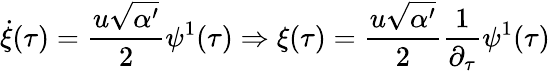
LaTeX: \dot{\xi}(\tau)=\frac{u\sqrt{\alpha^{\prime}}}{2}\psi^{1}(\tau)\Rightarrow\xi(\tau)=\frac{u\sqrt{\alpha^{\prime}}}{2}\frac{1}{\partial_{\tau}}\psi^{1}(\tau)